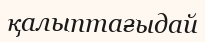
қалыптағыдай